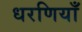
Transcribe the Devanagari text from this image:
धरणियाँ